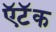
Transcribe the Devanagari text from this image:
ऍटॅक